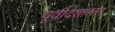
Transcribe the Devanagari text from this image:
पूर्वीदेशान्तर